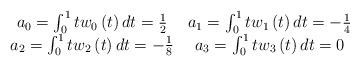
LaTeX: \begin{align*}\begin{array}{cc}a_{0}=\int_{0}^{1}tw_{0}\left( t\right) dt=\frac{1}{2} & a_{1}=\int_{0}^{1}tw_{1}\left( t\right) dt=-\frac{1}{4} \\ a_{2}=\int_{0}^{1}tw_{2}\left( t\right) dt=-\frac{1}{8} & a_{3}=\int_{0}^{1}tw_{3}\left( t\right) dt=0\end{array}\end{align*}